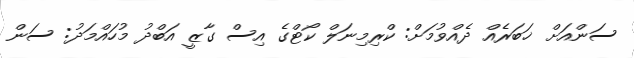
ސަންއަށް ޚަބަރެއް ދެއްވުމަށް: ކްރިމިނަލް ކޯޓްގެ އިސް ގާޒީ އަބްދު މުހައްމަދު: ސަން